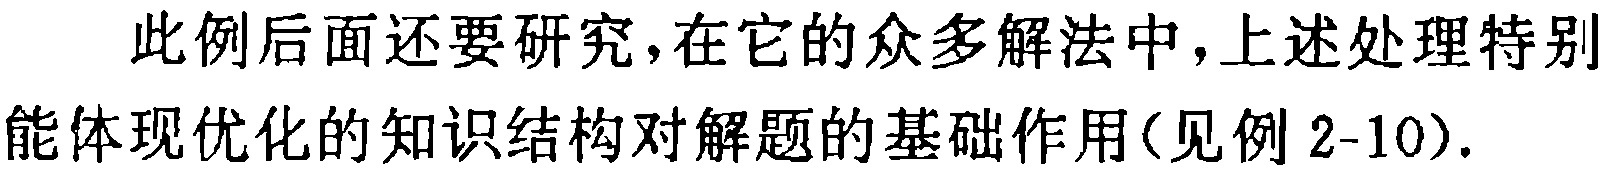
此例后面还要研究,在它的众多解法中,上述处理特别能体现优化的知识结构对解题的基础作用(见例 2-10).